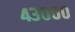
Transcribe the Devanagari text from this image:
४३०००